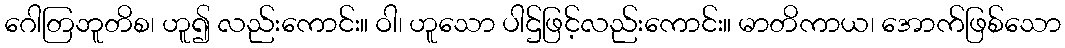
ဂေါတြဘူတိစ၊ ဟူ၍ လည်းကောင်း။ ဝါ၊ ဟူသော ပါဌ်ဖြင့်လည်းကောင်း။ မာတိကာယ၊ အောက်ဖြစ်သော